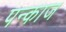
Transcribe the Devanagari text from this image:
पन्काज